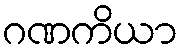
ဂဏကိယာ